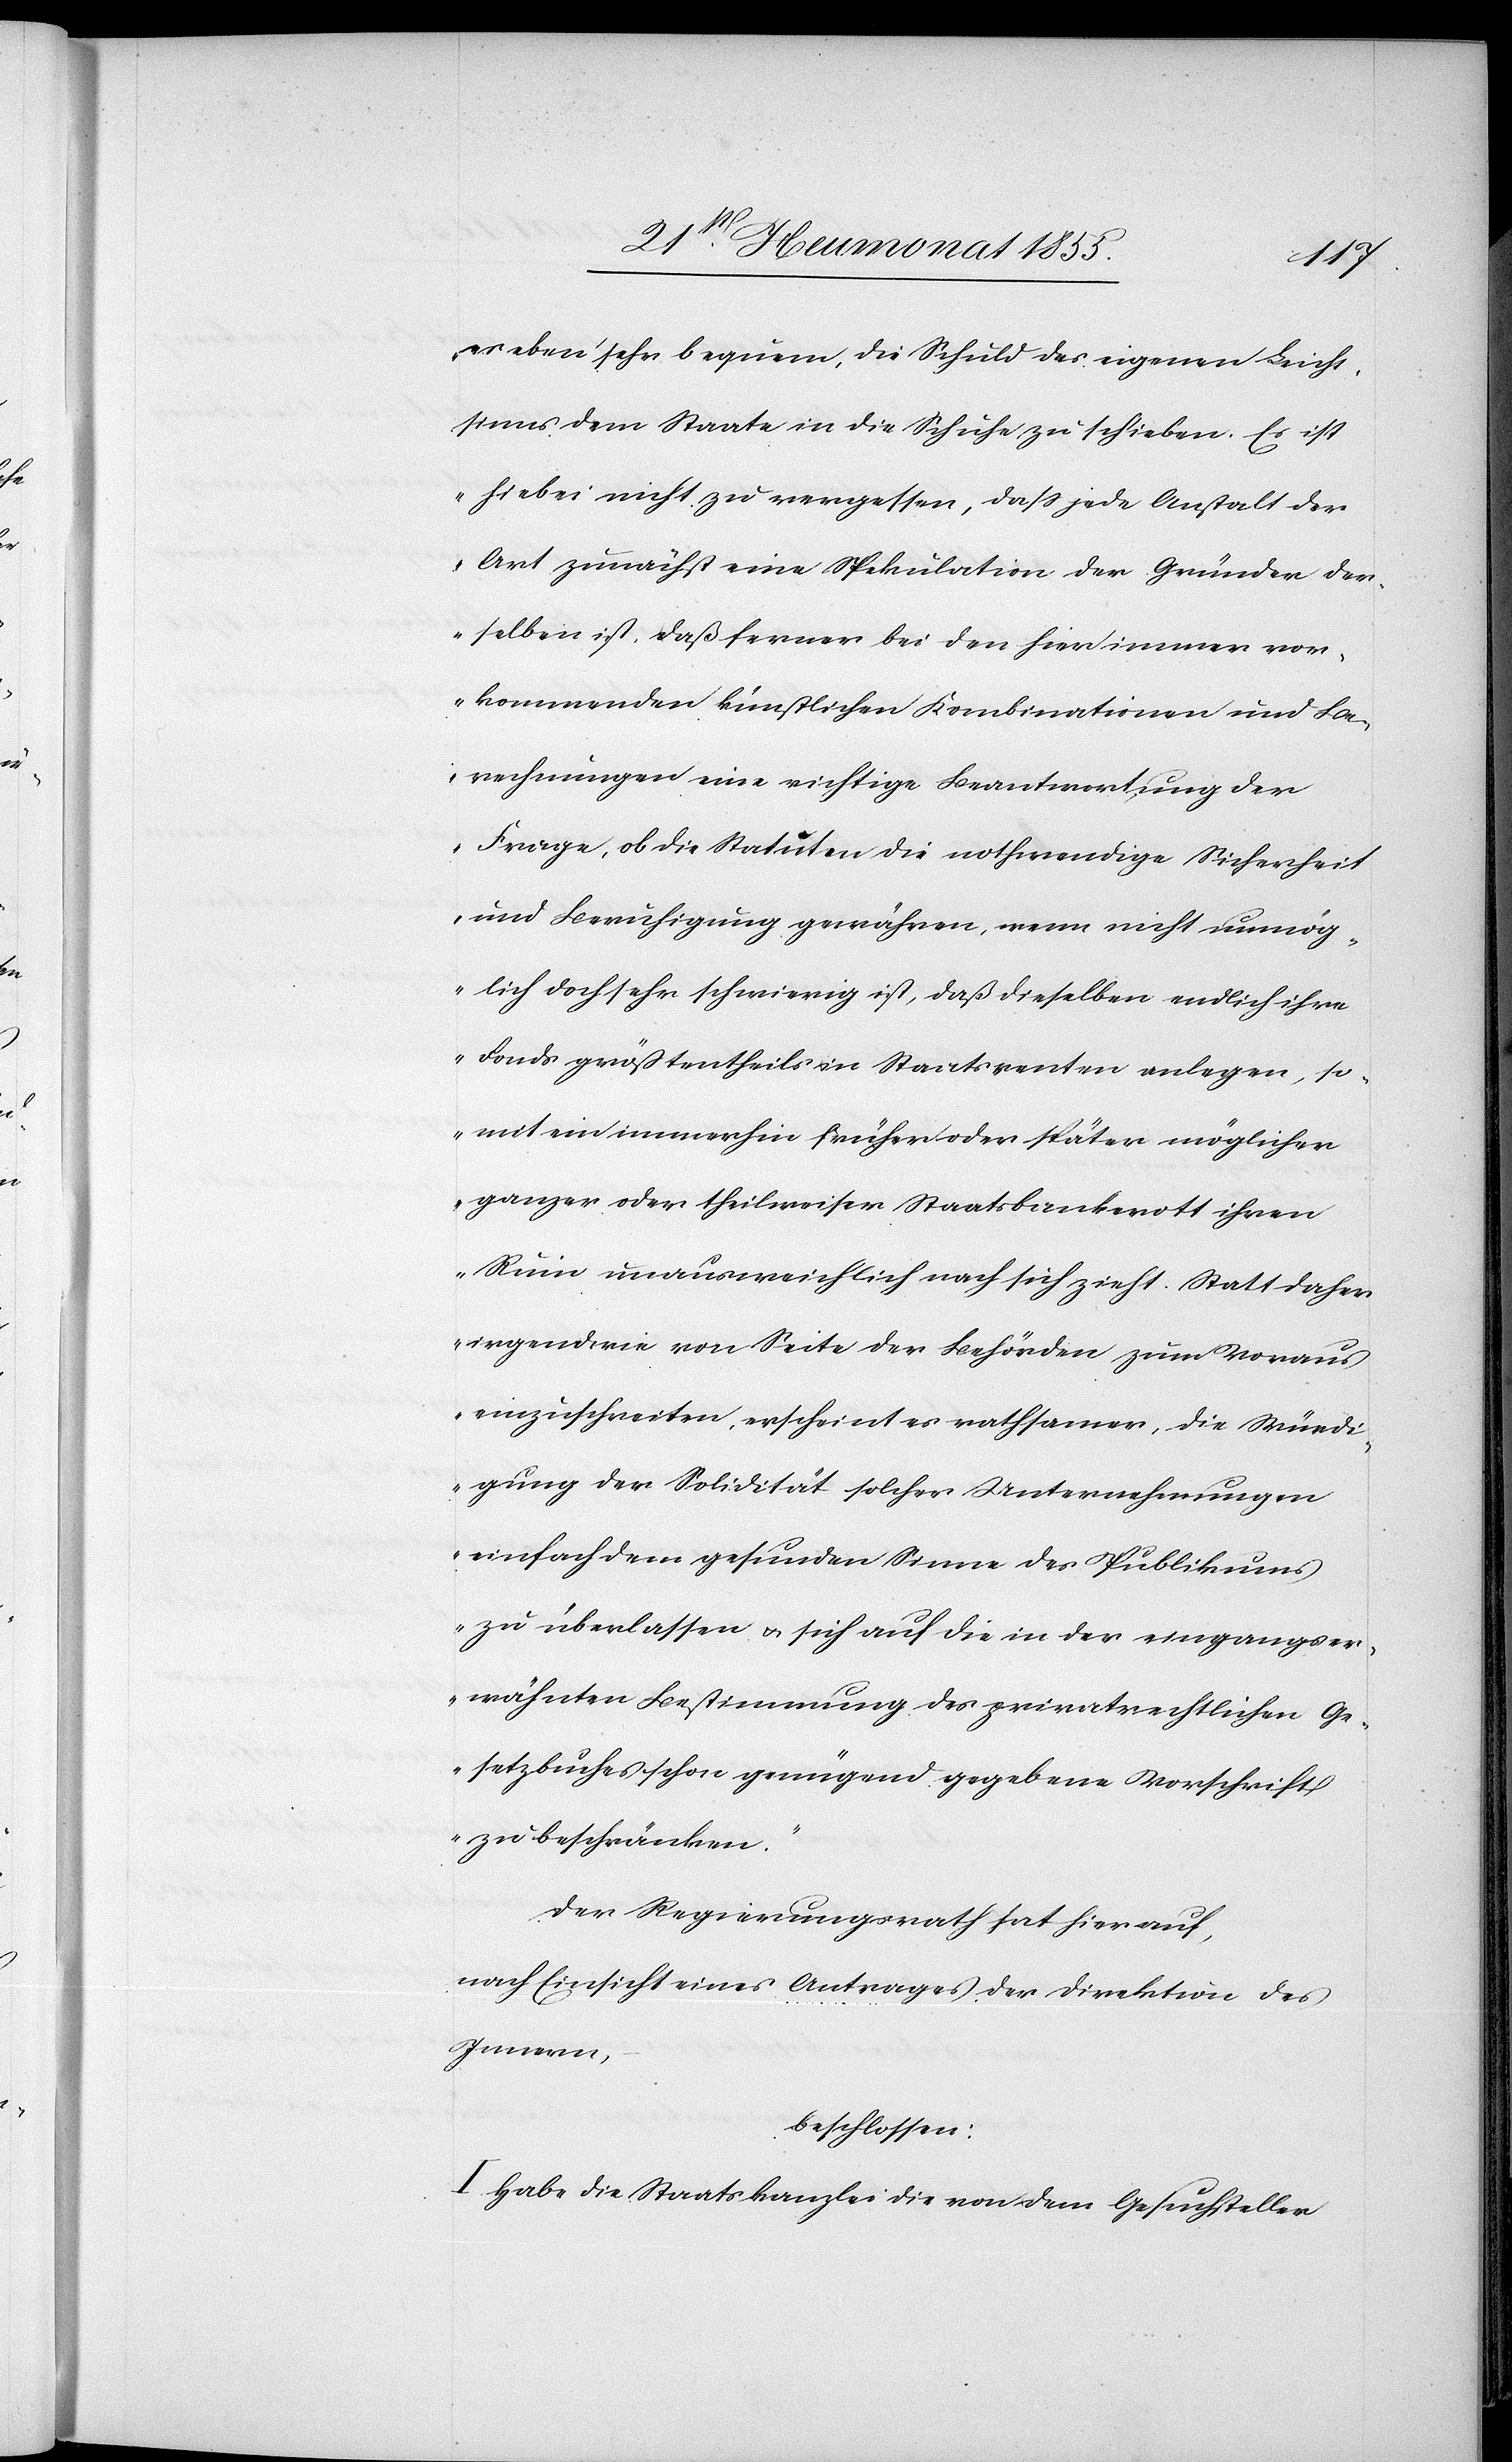
es eben sehr bequem, die Schuld des eigenen Leicht¬
sinns dem Staate in die Schuhe zu schieben. Es ist
hiebei nicht zu vergessen, dass jede Anstalt der
Art zunächst eine Spekulation der Gründer der¬
selben ist, daß ferner bei den hier immer vor¬
kommenden künstlichen Kombinationen und Be¬
rechnungen eine richtige Beantwortung der
Frage, ob die Statuten die nothwendige Sicherheit
und Beruhigung gewähren, wenn nicht unmög¬
lich doch sehr schwierig ist, daß dieselben endlich ihre
Fonds größtentheils in Staatsrenten anlegen, so¬
mit ein immerhin früher oder später möglicher
ganzer oder theilweiser Staatsbankerott ihren
Ruin unausweichlich nach sich zieht. Statt daher
irgendwie von Seite der Behörden zum Voraus
einzuschreiten, erscheint es rathsamer, die Würdi¬
gung der Solidität solcher Unternehmungen
einfach dem gesunden Sinne des Publikums
zu überlassen & sich auf die in der eingangser¬
wähnten Bestimmung des privatrechtlichen Ge¬
setzbuches schon genügend gegebene Vorschrift
zu beschränken.“
Der Regierungsrath hat hierauf,
nach Einsicht eines Antrages der Direktion des
Innern,
beschlossen:
I. Habe die Staatskanzlei die von dem Gesuchsteller